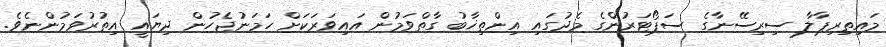
މައިތިރިޕާލާ ސިރިސޭނާގެ ސަޕޯޓަރުންގެ މެދުގައި އިންތިޚާބު ގާތްވަމުން އައިވަރަކަށް ހަމަނުޖެހުން ދިޔައީ އިތުރުވަމުންނެވެ.